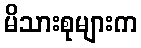
မိသားစုများက